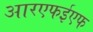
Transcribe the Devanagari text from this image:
आरएफईएफ